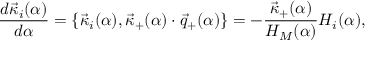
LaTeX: { \frac { d { \vec { \kappa } } _ { i } ( \alpha ) } { d \alpha } } = \{ { \vec { \kappa } } _ { i } ( \alpha ) , { \vec { \kappa } } _ { + } ( \alpha ) \cdot { \vec { q } } _ { + } ( \alpha ) \} = - { \frac { { \vec { \kappa } } _ { + } ( \alpha ) } { H _ { M } ( \alpha ) } } H _ { i } ( \alpha ) ,